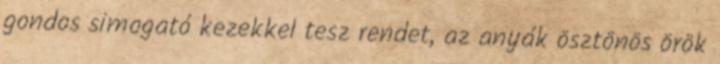
gondos simogató kezekkel tesz rendet, az anyák ösztönös örök